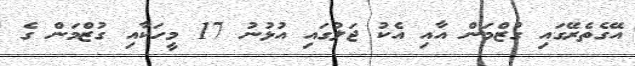
އޭގެތެރޭގައި ގުޒްމަން އާއި އެކު ޖަލުގައި އުޅުނު 17 މީހަކާއި ގުޒްމަން ގެ